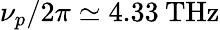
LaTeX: \nu_{p}/2\pi\simeq 4.33\: \mathrm{THz}